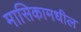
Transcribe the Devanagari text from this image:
मासिकामधील